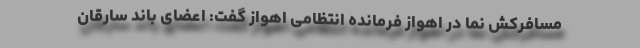
مسافرکش نما در اهواز فرمانده انتظامی اهواز گفت: اعضای باند سارقان